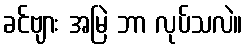
ခင်ဗျား အမြဲ ဘာ လုပ်သလဲ။